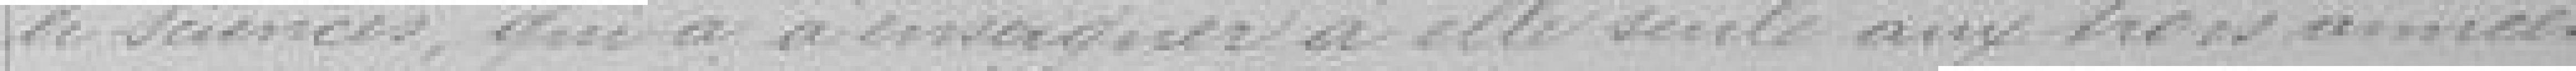
de sciences, qui a à enseigner à elle seule aux trois années